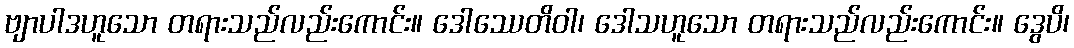
ဗျာပါဒဟူသော တရားသည်လည်းကောင်း။ ဒေါဿေတိဝါ၊ ဒေါသဟူသော တရားသည်လည်းကောင်း။ ဒွေပိ၊